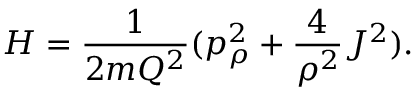
H = \frac { 1 } { 2 m Q ^ { 2 } } ( p _ { \rho } ^ { 2 } + \frac { 4 } { \rho ^ { 2 } } J ^ { 2 } ) .